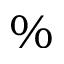
\%